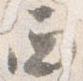
西